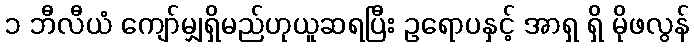
၁ ဘီလီယံ ကျော်မျှရှိမည်ဟုယူဆရပြီး ဥရောပနှင့် အာရှ ရှိ မိုဖလွန်